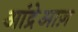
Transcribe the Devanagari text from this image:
आंद्रेआज़